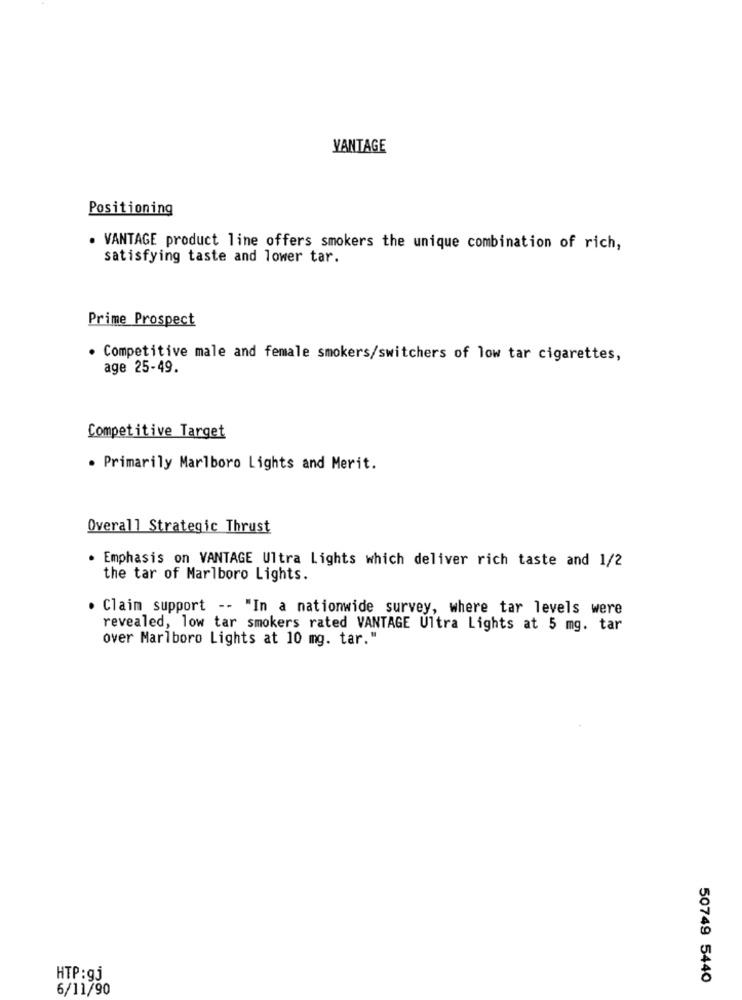
VANTAGE
Positioning
. VANTAGE product line offers smokers the unique combination of rich,
satisfying taste and lower tar.
Prime Prospect
· Competitive male and female smokers/switchers of low tar cigarettes,
age 25-49.
Competitive Target
. Primarily Marlboro Lights and Merit.
Overall Strategic Thrust
· Emphasis on VANTAGE Ultra Lights which deliver rich taste and 1/2
the tar of Marlboro Lights.
. Claim support -- "In a nationwide survey, where tar levels were
revealed, low tar smokers rated VANTAGE Ultra Lights at 5 mg. tar
over Marlboro Lights at 10 mg. tar."
HTP:gj
50749 5440
6/11/90